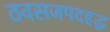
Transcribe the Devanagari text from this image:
ठवसजपदहद्ध